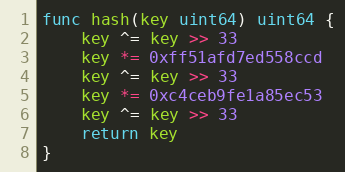
Language: Go
func hash(key uint64) uint64 {
	key ^= key >> 33
	key *= 0xff51afd7ed558ccd
	key ^= key >> 33
	key *= 0xc4ceb9fe1a85ec53
	key ^= key >> 33
	return key
}